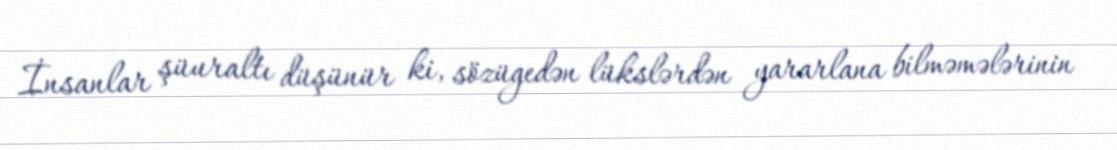
İnsanlar şüuraltı düşünür ki, sözügedən lükslərdən yararlana bilməmələrinin